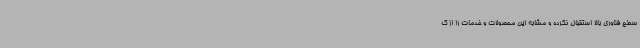
سطح فناوری بالا استقبال نکرده و مشابه این محصولات و خدمات را از ک